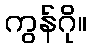
ကွန်ဂို။